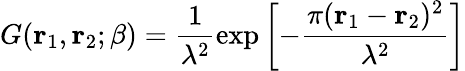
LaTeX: G({\mathbf r}_{1},{\mathbf r}_{2};\beta)=\frac{1}{\lambda^{2}}\exp\left[-\frac{\pi({\mathbf r}_{1}-{\mathbf r}_{2})^{2}}{\lambda^{2}}\right]